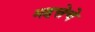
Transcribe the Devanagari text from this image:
महत्तेचे